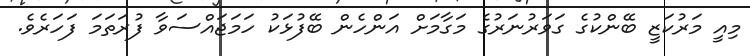
މިއީ މަރުކަޒީ ބޭންކުގެ ގަވަރުނަރުގެ މަގާމަށް އަންހެން ބޭފުޅަކު ހަމަޖައްސަވާ ފުރަތަމަ ފަހަރެވެ.